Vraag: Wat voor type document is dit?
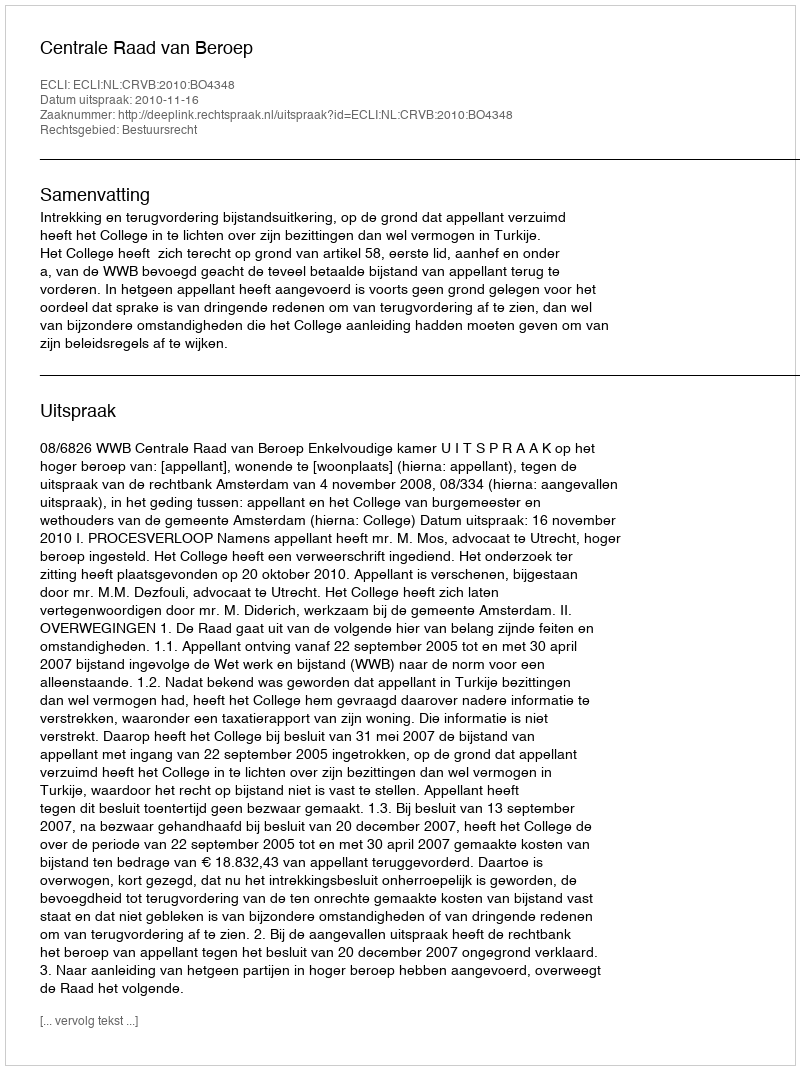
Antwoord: Uitspraak